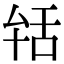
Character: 𦧐